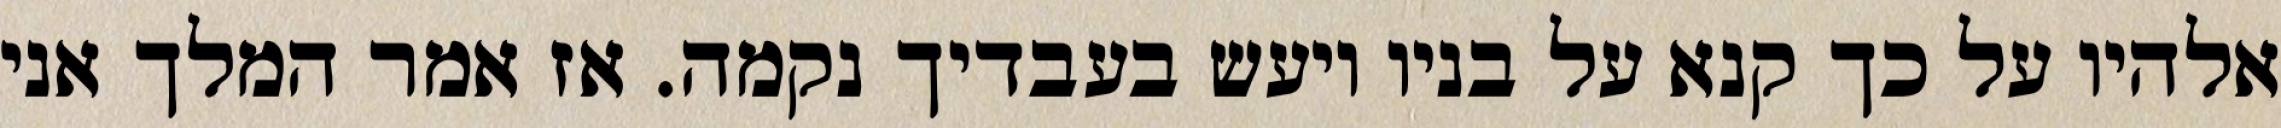
אלהיו על כך קנא על בניו ויעש בעבדיך נקמה. אז אמר המלך אני